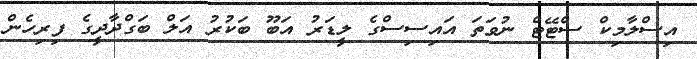
އިސްލާމިކް ސްޓޭޓް ނުވަތަ އައިސިސްގެ ލީޑަރު އަބޫ ބަކުރު އަލް ބަގްދާދީގެ ފިރިހެން